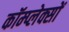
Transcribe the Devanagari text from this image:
कॉम्प्लेक्सों